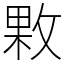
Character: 㪙